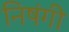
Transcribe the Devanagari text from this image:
निषंगी